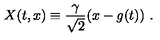
X ( t , x ) \equiv { \frac { \gamma } { \sqrt { 2 } } } ( x - g ( t ) ) \ .